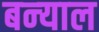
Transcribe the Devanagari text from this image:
बन्‍याल